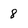
Character: 8